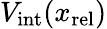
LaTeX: V_{\mathrm{int}}(x_{\mathrm{rel}})